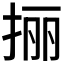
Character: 𰓬